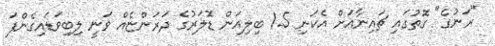
"ރަނުގެ" ގޮތުގައި ޗައިނާއަށް އެކަނި 1.5 ބިލިއަން ޑޮލަރުގެ ދަރަންޏެއް ވަނީ ލިބިވަޑައިގެންފަ